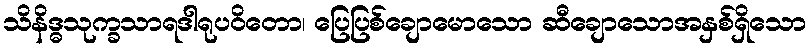
သိနိဒ္ဓသုက္ခသာရဒါရုပဝိတော၊ ပြေပြစ်ချောမောသော ဆီချောသောအနှစ်ရှိသော